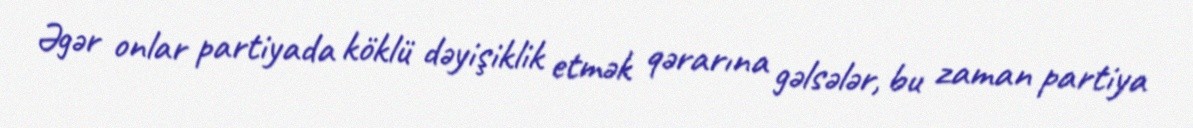
Əgər onlar partiyada köklü dəyişiklik etmək qərarına gəlsələr, bu zaman partiya